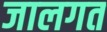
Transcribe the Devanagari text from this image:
जालगत